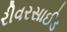
રીવરસાઈડ